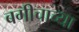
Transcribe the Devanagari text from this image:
बगीचाच्या